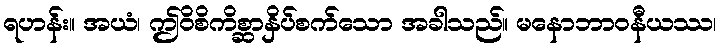
ရဟန်း။ အယံ၊ ဤဝိစိကိစ္ဆာနှိပ်စက်သော အခါသည်။ မနောဘာဝနီယဿ၊